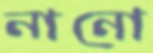
নানো